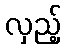
လှည့်